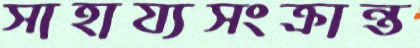
সাহায্যসংক্রান্ত